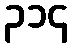
၃၁၄